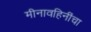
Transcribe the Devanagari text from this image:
मीनावहिनींचा